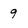
Character: 9